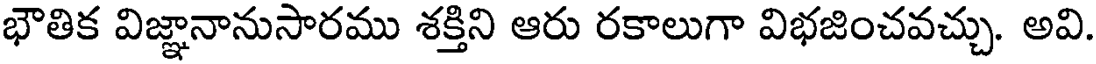
భౌతిక విజ్ఞానానుసారము శక్తిని ఆరు రకాలుగా విభజించవచ్చు. అవి.